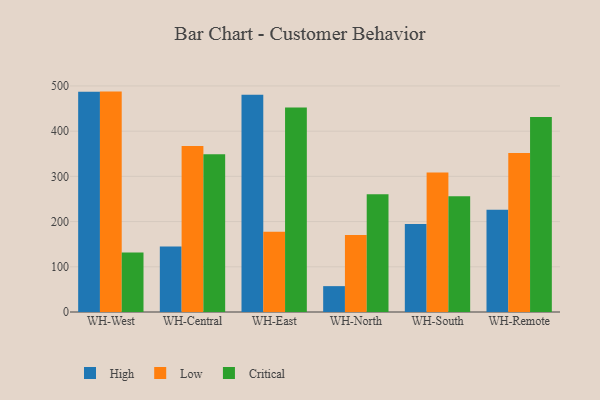
{"axis": {"x": "Warehouse", "y": "Page Views"}, "legend": ["Critical", "High", "Low"], "data": [{"x": "WH-West", "y": 487.0, "type": "High"}, {"x": "WH-West", "y": 487.5, "type": "Low"}, {"x": "WH-West", "y": 131.5, "type": "Critical"}, {"x": "WH-Central", "y": 144.9, "type": "High"}, {"x": "WH-Central", "y": 367.4, "type": "Low"}, {"x": "WH-Central", "y": 349.1, "type": "Critical"}, {"x": "WH-East", "y": 480.8, "type": "High"}, {"x": "WH-East", "y": 177.6, "type": "Low"}, {"x": "WH-East", "y": 452.6, "type": "Critical"}, {"x": "WH-North", "y": 57.2, "type": "High"}, {"x": "WH-North", "y": 170.2, "type": "Low"}, {"x": "WH-North", "y": 260.6, "type": "Critical"}, {"x": "WH-South", "y": 194.8, "type": "High"}, {"x": "WH-South", "y": 308.3, "type": "Low"}, {"x": "WH-South", "y": 255.9, "type": "Critical"}, {"x": "WH-Remote", "y": 226.3, "type": "High"}, {"x": "WH-Remote", "y": 351.5, "type": "Low"}, {"x": "WH-Remote", "y": 431.3, "type": "Critical"}]}